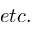
e t c .